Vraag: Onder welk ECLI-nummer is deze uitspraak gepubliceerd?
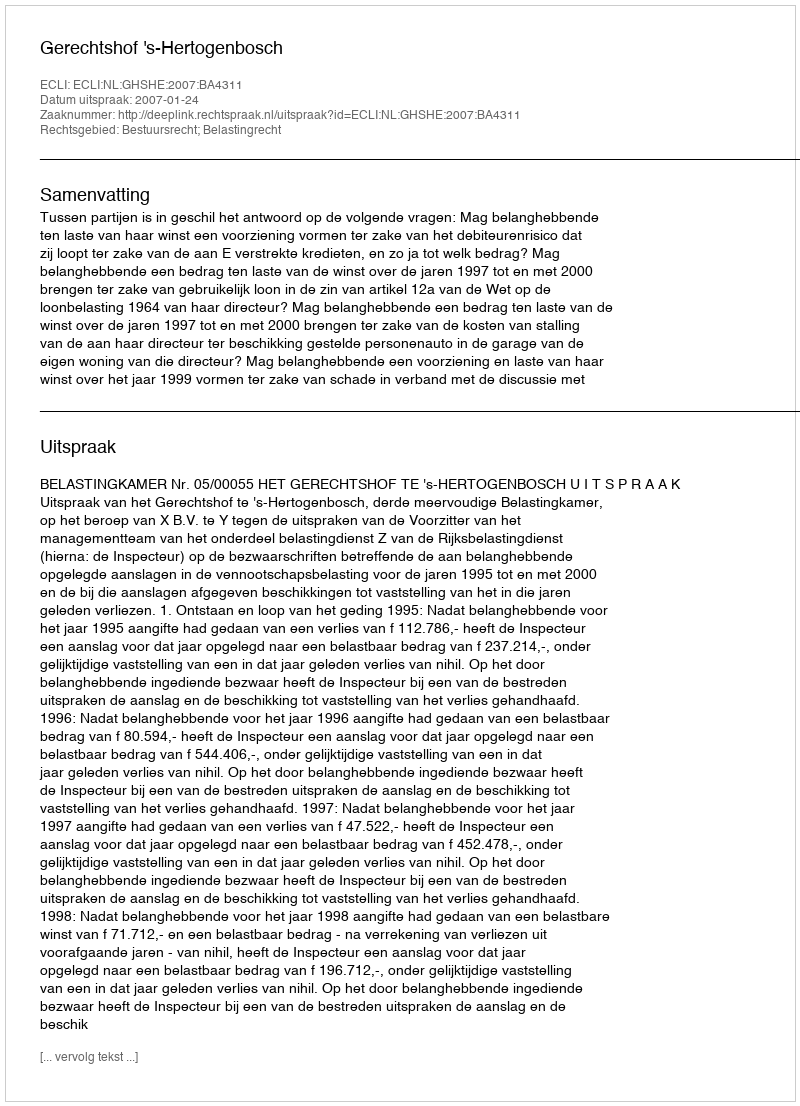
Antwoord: ECLI:NL:GHSHE:2007:BA4311